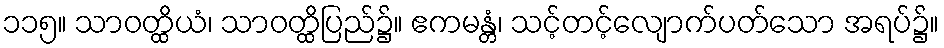
၁၁၅။ သာဝတ္ထိယံ၊ သာဝတ္ထိပြည်၌။ ဧကမန္တံ၊ သင့်တင့်လျောက်ပတ်သော အရပ်၌။